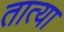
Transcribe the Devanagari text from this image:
तात्‍या